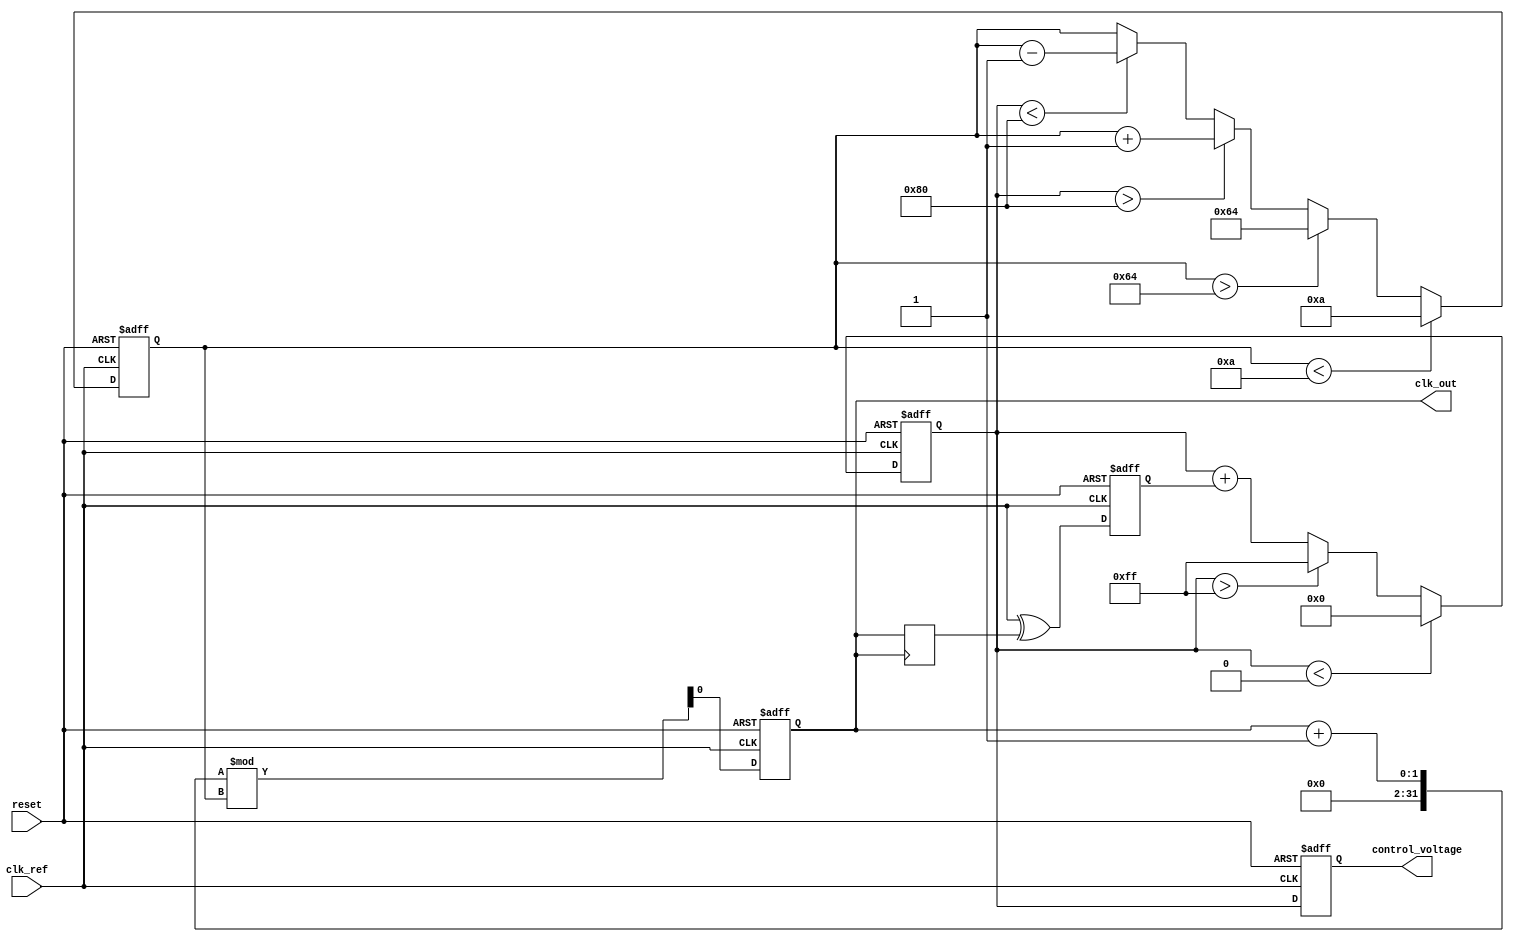
module type2_pll (
    input wire clk_ref,         // Reference clock input
    input wire reset,          // Reset signal
    output reg clk_out,        // Output clock
    output reg [7:0] control_voltage // Control voltage for VCO
);

    // Parameters
    parameter integer VCO_MAX_FREQ = 100; // Max frequency for VCO
    parameter integer VCO_MIN_FREQ = 10;   // Min frequency for VCO
    parameter integer VCO_STEP = 1;         // Step size for VCO frequency adjustment

    // Internal signals
    reg clk_feedback;                // Feedback clock
    reg [7:0] error_signal;          // Error signal from phase detector
    reg [7:0] loop_filter_output;    // Output from loop filter
    reg [7:0] vco_frequency;         // Current frequency of VCO
    reg phase_detector_output;        // Output from phase detector

    // Phase Detector (PD)
    always @(posedge clk_ref or posedge reset) begin
        if (reset) begin
            phase_detector_output <= 0;
        end else begin
            // Simple XOR phase detector
            phase_detector_output <= clk_ref ^ clk_feedback;
        end
    end

    // Loop Filter (LF)
    always @(posedge clk_ref or posedge reset) begin
        if (reset) begin
            loop_filter_output <= 0;
        end else begin
            // Simple first-order loop filter (for demonstration)
            loop_filter_output <= loop_filter_output + phase_detector_output;
            // Limit the output to a range
            if (loop_filter_output > 255) loop_filter_output <= 255;
            if (loop_filter_output < 0) loop_filter_output <= 0;
        end
    end

    // Voltage-Controlled Oscillator (VCO)
    always @(posedge clk_ref or posedge reset) begin
        if (reset) begin
            vco_frequency <= VCO_MIN_FREQ;
            clk_out <= 0;
        end else begin
            // Adjust VCO frequency based on loop filter output
            if (loop_filter_output > 128) begin
                vco_frequency <= vco_frequency + VCO_STEP; // Increase frequency
            end else if (loop_filter_output < 128) begin
                vco_frequency <= vco_frequency - VCO_STEP; // Decrease frequency
            end
            
            // Limit VCO frequency
            if (vco_frequency > VCO_MAX_FREQ) vco_frequency <= VCO_MAX_FREQ;
            if (vco_frequency < VCO_MIN_FREQ) vco_frequency <= VCO_MIN_FREQ;

            // Generate output clock signal based on VCO frequency
            clk_out <= (clk_out + 1) % vco_frequency; // This is a simplified way to generate clock
        end
    end

    // Control voltage output
    always @(posedge clk_ref or posedge reset) begin
        if (reset) begin
            control_voltage <= 0;
        end else begin
            control_voltage <= loop_filter_output; // Output control voltage
        end
    end

    // Feedback Path (for demonstration purposes)
    always @(posedge clk_out) begin
        clk_feedback <= clk_out; // Feedback the output clock
    end

endmodule